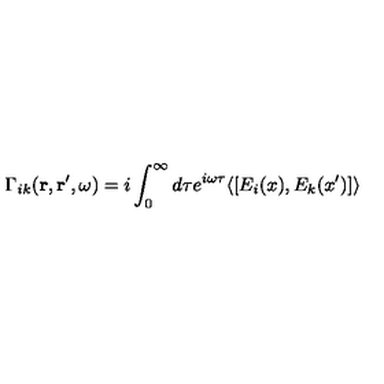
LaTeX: \Gamma _ { i k } ( { \bf r } , { \bf r ^ { \prime } } , \omega ) = i \int _ { 0 } ^ { \infty } d \tau e ^ { i \omega \tau } \langle [ E _ { i } ( x ) , E _ { k } ( x ^ { \prime } ) ] \rangle